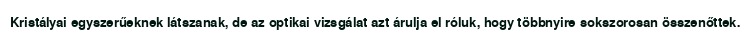
Kristályai egyszerűeknek látszanak, de az optikai vizsgálat azt árulja el róluk, hogy többnyire sokszorosan összenőttek.